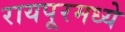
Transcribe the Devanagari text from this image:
रायपूरमध्ये